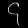
Digit: ၄